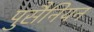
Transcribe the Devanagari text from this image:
पुसैनियन